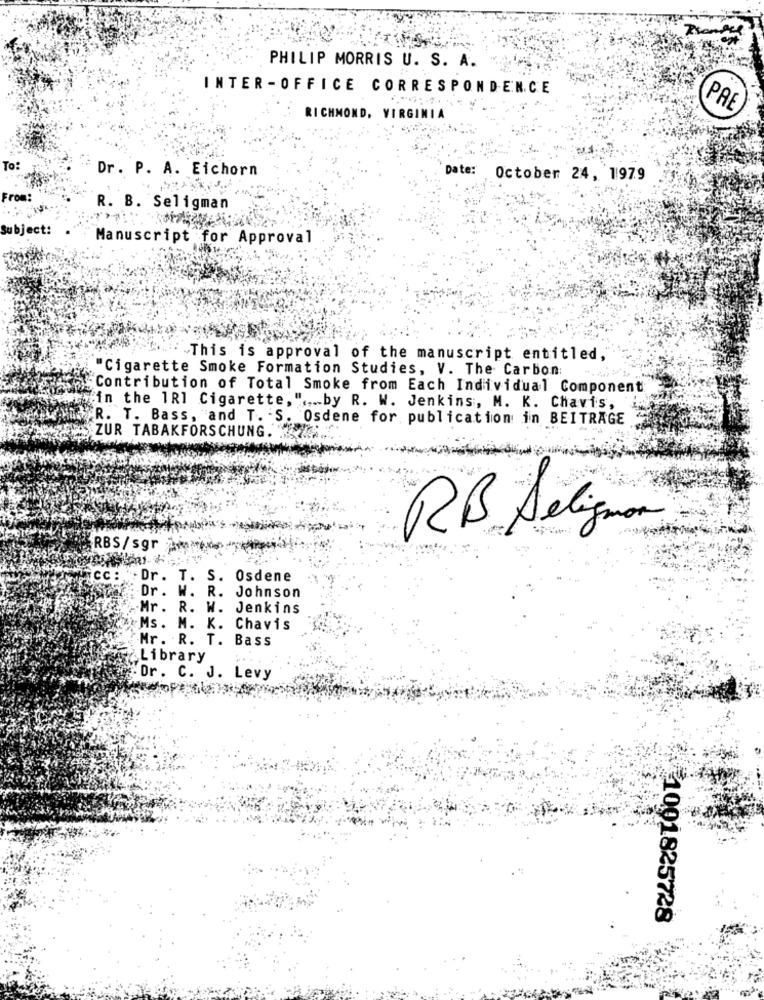
PHILIP MORRIS U. S. A.
INTER -OFFICE CORRESPONDENCE
PAE
RICHMOND, VIRGINIA
Dr. P. A. Eichorn
Date: October 24, 1979
rom:
R. B. Seligman
Subject:
Manuscript for Approval
This is approval of the manuscript entitled,
"Cigarette Smoke Formation Studies, V. The Carbon:
Contribution of Total Smoke from Each Individual Component
in the 1R1 Cigarette, " .... by R. W. Jenkins, M. K. Chavis,
R. T. Bass, and T. S. Osdene for publication in BEITRAGE
ZUR TABAKFORSCHUNG.
RB. Seligman
RBS/sgr
icc: Dr. T. S. Osdene
Sucr: Dr . W. R. Johnson
Mr. R. W. Jenkins
Ms. M. K. Chavis
Mr. R. T. Bass
Library
Dr. C. J. Levy
1001825728